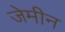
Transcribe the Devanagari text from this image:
जेमीन